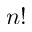
n !